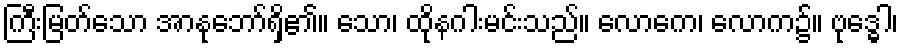
ကြီးမြတ်သော အာနုဘော်ရှိ၏။ သော၊ ထိုနဂါးမင်းသည်။ လောကေ၊ လောက၌။ ဗုဒ္ဓေါ၊